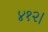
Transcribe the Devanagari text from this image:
४१२।